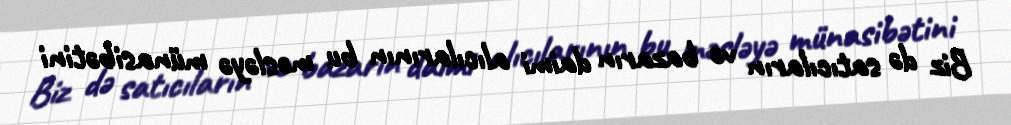
Biz də satıcıların və bazarın daimi alıcılarının bu məsləyə münasibətini